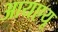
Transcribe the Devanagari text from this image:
आयएयू